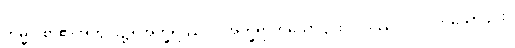
ကမ္မဝါစာ၏အတွင်း၌။ အက္ခရဿဝါ၊ အက္ခရာကိုသော်၎င်း။ ပဒဿဝါ၊ ပုဒ်ကိုသော်၎င်း။